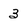
Character: 3